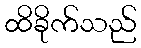
ထိခိုက်သည်